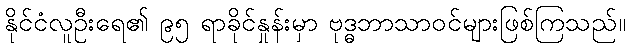
နိုင်ငံလူဦးရေ၏ ၉၅ ရာခိုင်နှုန်းမှာ ဗုဒ္ဓဘာသာဝင်များဖြစ်ကြသည်။